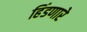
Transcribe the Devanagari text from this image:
हिंडणारे